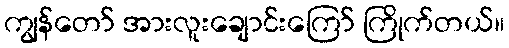
ကျွန်တော် အားလူးချောင်းကြော် ကြိုက်တယ်။